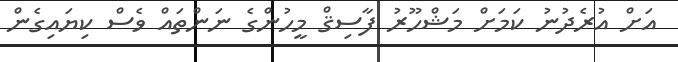
އަށް އުރެދުނު ކަމަށް މަޝްހޫރު ފާސިޤް މީހުންގެ ނަންތައް ވެސް ކިޔައިގެން